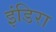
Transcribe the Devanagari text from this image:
इंडिरा